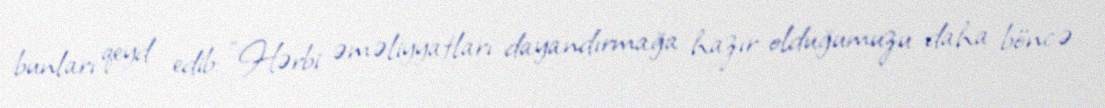
bunları qeyd edib: "Hərbi əməliyyatları dayandırmağa hazır olduğumuzu daha böncə